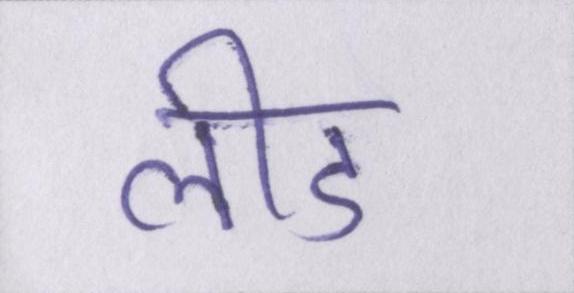
लीड